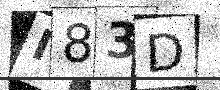
Text: I83D